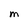
Character: M